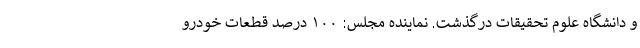
و دانشگاه علوم تحقیقات درگذشت. نماینده مجلس: ۱۰۰ درصد قطعات خودرو